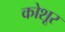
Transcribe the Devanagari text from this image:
कोशूर